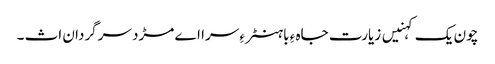
چون یک کہنیں زیارت جاہ ءِ باہنٹر ءِ سرا اے مڑد سرگردان اث ۔